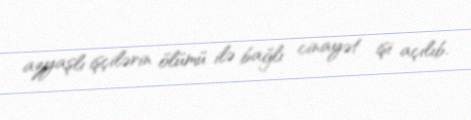
azyaşlı işçilərin ölümü ilə bağlı cinayət işi açılıb.